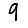
Digit: 9